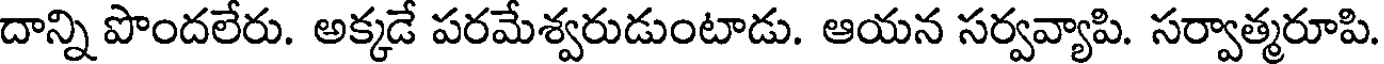
దాన్ని పొందలేరు. అక్కడే పరమేశ్వరుడుంటాడు. ఆయన సర్వవ్యాపి. సర్వాత్మరూపి